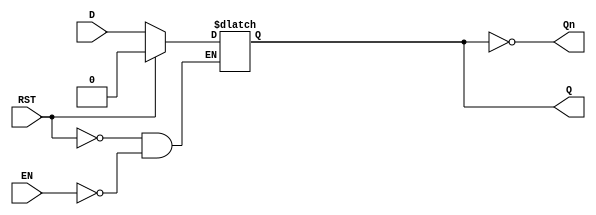
module LatchRegister (
    input wire D,       // Data Input
    input wire EN,      // Enable Signal
    input wire RST,     // Asynchronous Reset
    output reg Q,       // Output
    output wire Qn      // Inverted Output
);

// Generate the inverted output
assign Qn = ~Q;

// Asynchronous reset or latching behavior
always @(*) begin
    if (RST) begin
        Q <= 1'b0;   // Reset Q to 0 if RST is asserted
    end else if (EN) begin
        Q <= D;      // Update Q with D when EN is active
    end
    // When EN is not active, Q retains its previous state
end

endmodule